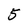
Character: 5